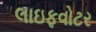
લાઇફવોટર